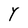
Character: Y